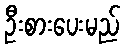
ဦးစားပေးမည်